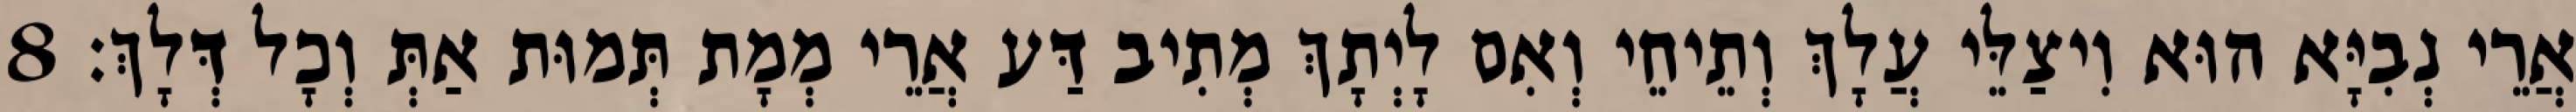
אֲרֵי נְבִיָּא הוּא וִיצַלֵּי עֲלָךְ וְתֵיחֵי וְאִם לָיְתָךְ מְתִיב דַּע אֲרֵי מְמָת תְּמוּת אַתְּ וְכָל דְּלָךְ׃ 8